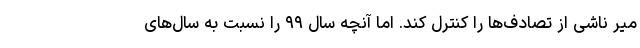
میر ناشی از تصادف‌ها را کنترل کند. اما آنچه سال ۹۹ را نسبت به سال‌های